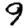
Digit: 9